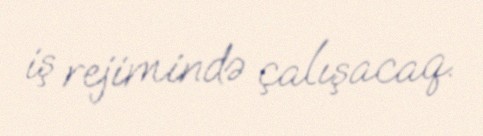
iş rejimində çalışacaq.